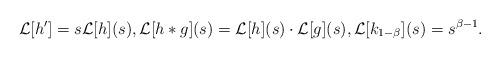
LaTeX: \begin{align*} \mathcal{L}[h']=s\mathcal{L}[h](s), \mathcal{L}[h*g](s)=\mathcal{L}[h](s) \cdot \mathcal{L}[g](s), \mathcal{L}[k_{1-\beta}](s)=s^{\beta-1}.\end{align*}